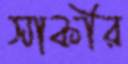
সাকীর